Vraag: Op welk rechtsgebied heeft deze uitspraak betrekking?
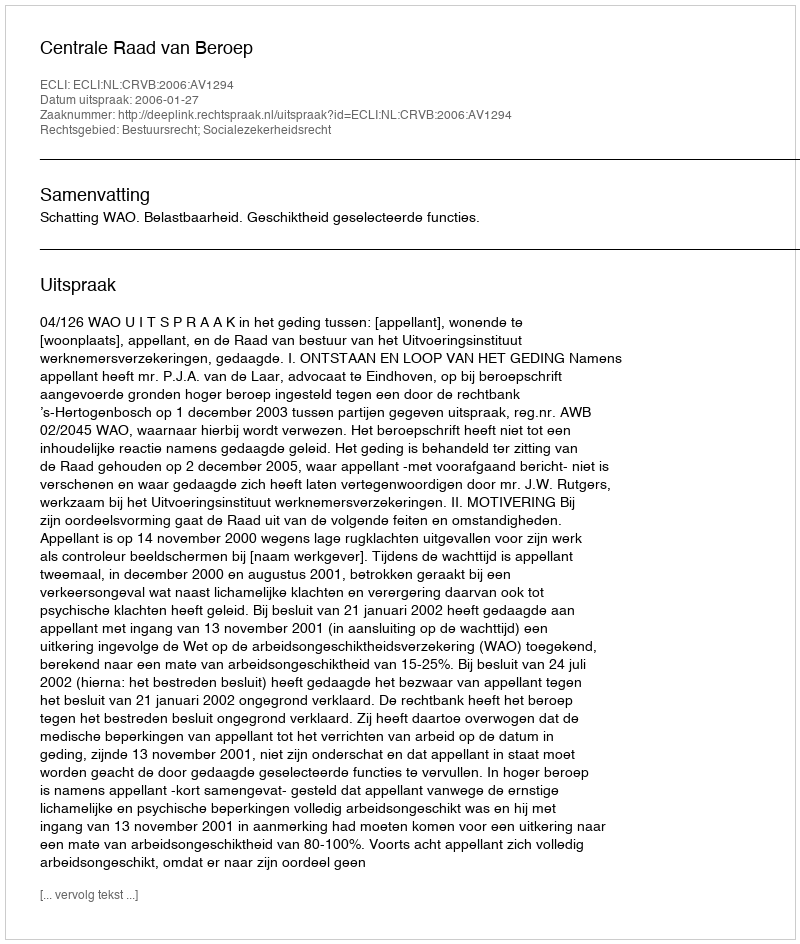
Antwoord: Bestuursrecht; Socialezekerheidsrecht